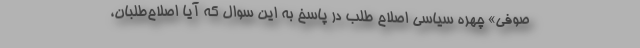
صوفی» چهره سیاسی اصلاح طلب در پاسخ به این سوال که آیا اصلاح‌طلبان،